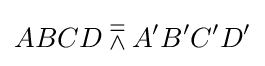
ABCD\doublebarwedge A'B'C'D'